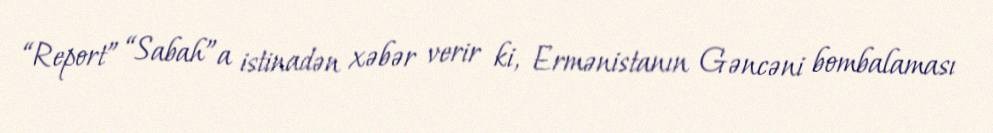
“Report” “Sabah”a istinadən xəbər verir ki, Ermənistanın Gəncəni bombalaması